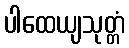
ပါထေယျသုတ္တံ